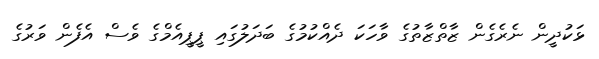
ޅަކުދީން ނެރެގެން ޒާތްޒާތުގެ ވާހަކަ ދެއްކުމުގެ ބަދަލުގައި ޕީޕީއެމްގެ ވެސް އެފެން ވަރުގެ